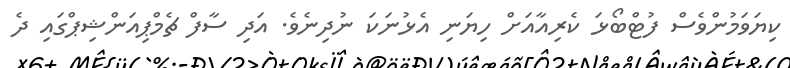
ކިޔަވަމުންވެސް ފުޓްބޯޅަ ކެރިއާއަށް ހިޔަނި އެޅުނަކަ ނުދިނެވެ. އަދި ސާފް ޗެމްޕިއަންޝިޕްގައި ދެ